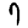
Digit: 7